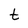
Character: t